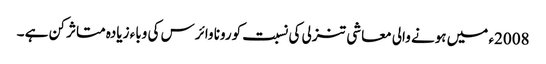
2008ء میں ہونے والی معاشی تنزلی کی نسبت کورونا وائرس کی وباء زیادہ متاثر کن ہے ۔